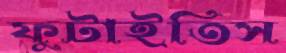
ফুটাইতিস